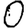
Digit: 0